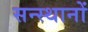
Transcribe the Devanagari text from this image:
सन्स्थानों